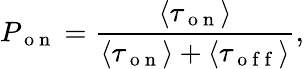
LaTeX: P_{\mathrm{~o~n~}}=\frac{\langle\tau_{\mathrm{~o~n~}}\rangle}{\langle\tau_{\mathrm{~o~n~}}\rangle+\langle\tau_{\mathrm{~o~f~f~}}\rangle},